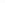
___